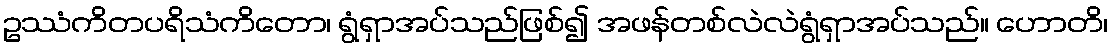
ဥဿံကိတပရိသံကိတော၊ ရွံရှာအပ်သည်ဖြစ်၍ အဖန်တစ်လဲလဲရွံရှာအပ်သည်။ ဟောတိ၊